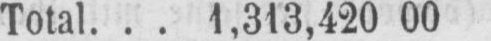
Total... 1,313,420 00